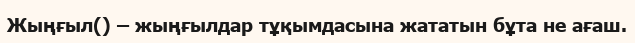
Жыңғыл() – жыңғылдар тұқымдасына жататын бұта не ағаш.